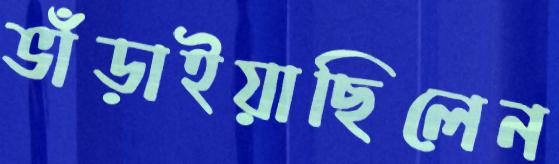
ভাঁড়াইয়াছিলেন